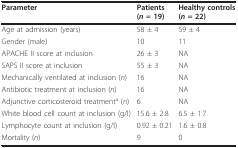
<table><thead><tr><td><b>Parameter</b></td><td><b>Patients (<i>n </i>= 19)</b></td><td><b>Healthy controls (<i>n </i>= 22)</b></td></tr></thead><tbody><tr><td>Age at admission (years)</td><td>58 ± 4</td><td>59 ± 4</td></tr><tr><td>Gender (male)</td><td>10</td><td>11</td></tr><tr><td>APACHE II score at inclusion</td><td>26 ± 3</td><td>NA</td></tr><tr><td>SAPS II score at inclusion</td><td>55 ± 3</td><td>NA</td></tr><tr><td>Mechanically ventilated at inclusion (<i>n</i>)</td><td>16</td><td>NA</td></tr><tr><td>Antibiotic treatment at inclusion (<i>n</i>)</td><td>16</td><td>NA</td></tr><tr><td>Adjunctive corticosteroid treatment<sup>a </sup>(<i>n</i>)</td><td>6</td><td>NA</td></tr><tr><td>White blood cell count at inclusion (g/l)</td><td>15.6 ± 2.8</td><td>6.5 ± 1.7</td></tr><tr><td>Lymphocyte count at inclusion (g/l)</td><td>0.92 ± 0.21</td><td>1.6 ± 0.8</td></tr><tr><td>Mortality (<i>n</i>)</td><td>9</td><td>0</td></tr></tbody></table>